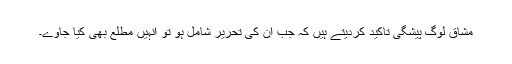
مشاق لوگ پیشگی تاکید کردیتے ہیں کہ جب ان کی تحریر شامل ہو تو انہیں مطلع بھی کیا جاوے۔